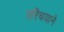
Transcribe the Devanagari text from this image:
परिचयाने